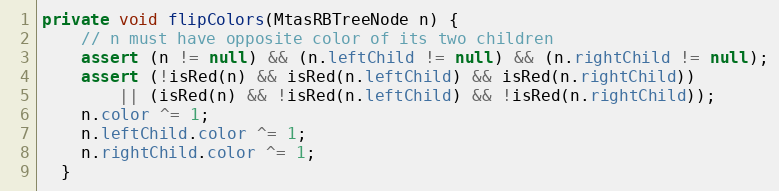
Language: Java
private void flipColors(MtasRBTreeNode n) {
    // n must have opposite color of its two children
    assert (n != null) && (n.leftChild != null) && (n.rightChild != null);
    assert (!isRed(n) && isRed(n.leftChild) && isRed(n.rightChild))
        || (isRed(n) && !isRed(n.leftChild) && !isRed(n.rightChild));
    n.color ^= 1;
    n.leftChild.color ^= 1;
    n.rightChild.color ^= 1;
  }